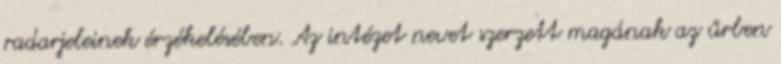
radarjeleinek érzékelésében. Az intézet nevet szerzett magának az űrben